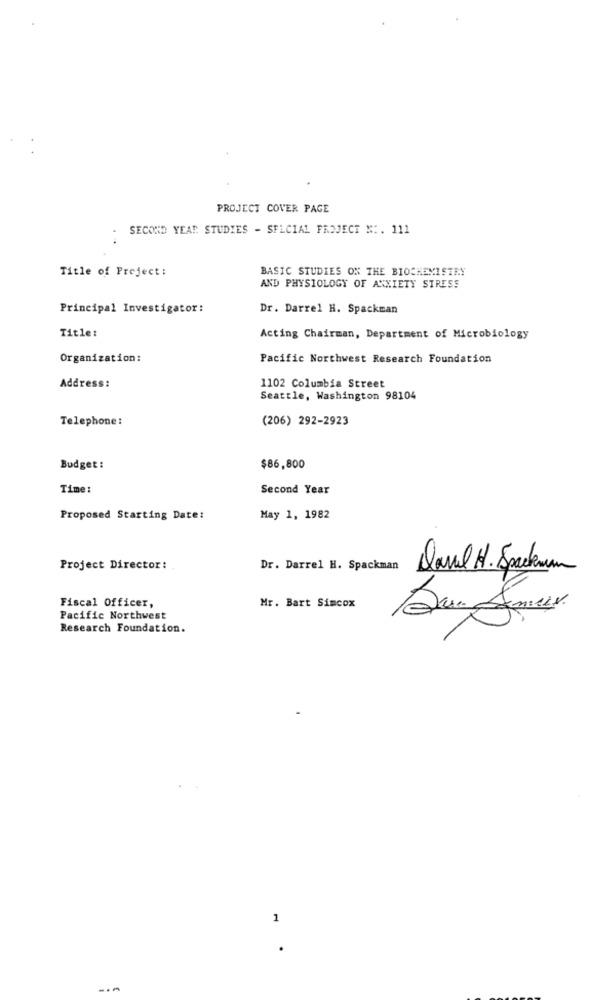
PROJECT COVER PAGE
SECOND YEAR STUDIES - SFLCIAL PROJECT ": . 111
Title of Project:
BASIC STUDIES ON THE BIOCHEMISTRY
AND PHYSIOLOGY OF ANXIETY STRESS
Principal Investigator:
Dr. Darrel H. Spackman
Title:
Acting Chairman, Department of Microbiology
Organization:
Pacific Northwest Research Foundation
Address:
1102 Columbia Street
Seattle, Washington 98104
Telephone:
(206) 292-2923
Budget :
$86,800
Time:
Second Year
Proposed Starting Date:
May 1, 1982
Project Director:
Dr. Darrel H. Spackman
Davel H. Spackum
Mr. Bart Simcox
Fiscal Officer,
Pacific Northwest
Research Foundation.
1